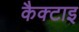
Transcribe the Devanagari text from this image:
कैक्टाइ